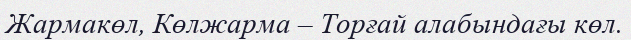
Жармакөл, Көлжарма – Торғай алабындағы көл.